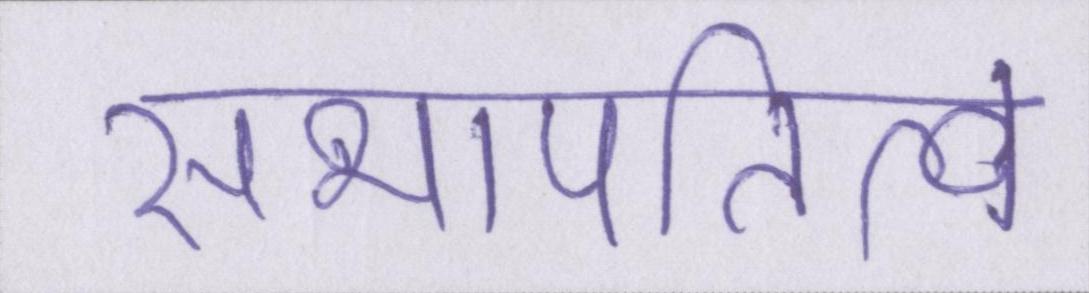
सभापतित्व